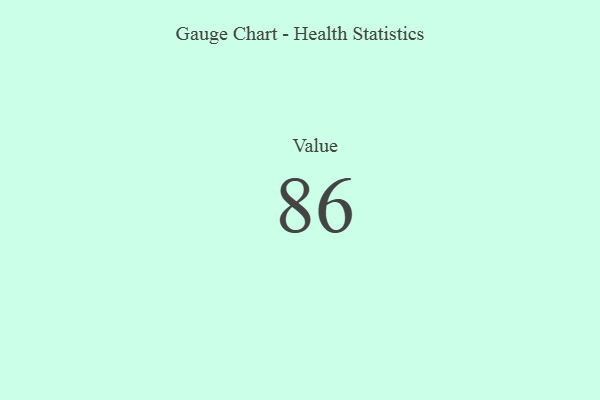
{"axis": {"x": "Metric", "y": "Value"}, "legend": [""], "data": [{"x": "Value", "y": 86, "type": ""}]}